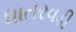
ધાતરવડી